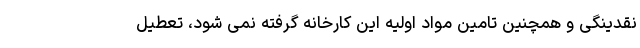
نقدینگی و همچنین تامین مواد اولیه این کارخانه گرفته نمی شود، تعطیل